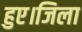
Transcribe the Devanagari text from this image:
हुए।जिला